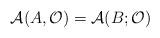
LaTeX: \begin{align*}{\cal A}(A,{\cal O})={\cal A}(B;{\cal O}) \end{align*}